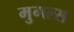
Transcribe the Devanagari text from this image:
मुगल्स